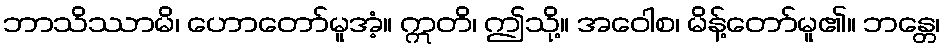
ဘာသိဿာမိ၊ ဟောတော်မူအံ့။ ဣတိ၊ ဤသို့။ အဝေါစ၊ မိန့်တော်မူ၏။ ဘန္တေ၊